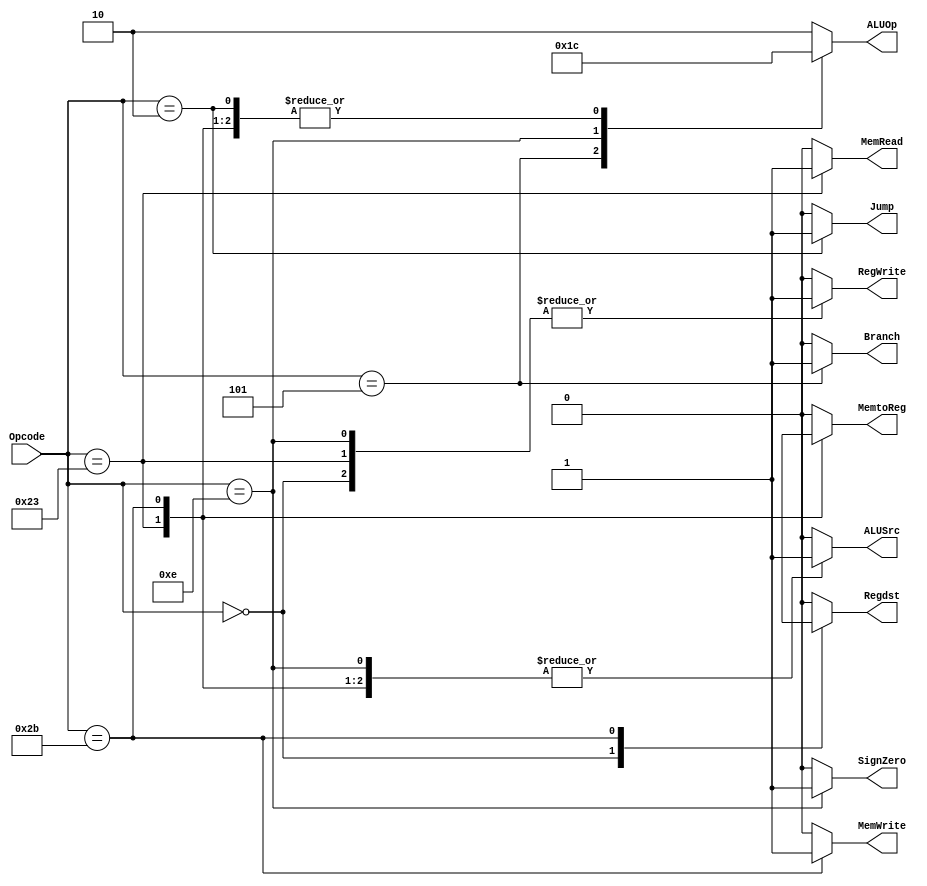
module ControlUnit(Regdst,Branch,Jump,MemRead,MemtoReg,ALUOp,MemWrite,ALUSrc,RegWrite,SignZero,Opcode);

output reg Regdst,ALUSrc,MemtoReg,RegWrite,MemRead,MemWrite,Branch,Jump,SignZero;
output reg [1:0] ALUOp;
input [5:0] Opcode;

always @(*)
begin
    case (Opcode)
    6'b000000:begin         //R-Type Instruction
    Regdst = 1'b1;
    ALUSrc = 1'b0;
    MemtoReg = 1'b0;
    RegWrite = 1'b1;
    MemRead = 1'b0;
    MemWrite = 1'b0;
    Branch = 1'b0;
    ALUOp = 2'b10;
    Jump = 1'b0;
    SignZero = 1'b0;
    end

    6'b100011:begin         //Load word
    Regdst = 1'b0;
    ALUSrc = 1'b1;
    MemtoReg = 1'b1;
    RegWrite = 1'b1;
    MemRead = 1'b1;
    MemWrite = 1'b0;
    Branch = 1'b0;
    ALUOp = 2'b00;
    Jump = 1'b0;
    SignZero = 1'b0;
    end

    6'b101011:begin         //Store word
    Regdst = 1'bx;
    ALUSrc = 1'b1;
    MemtoReg = 1'bx;
    RegWrite = 1'b0;
    MemRead = 1'b0;
    MemWrite = 1'b1;
    Branch = 1'b0;
    ALUOp = 2'b00;
    Jump = 1'b0;
    SignZero = 1'b0;
    end

    6'b000101:begin     //Branch not equal
    Regdst = 1'b0;
    ALUSrc = 1'b0;
    MemtoReg = 1'b0;
    RegWrite = 1'b0;
    MemRead = 1'b0;
    MemWrite = 1'b0;
    Branch = 1'b1;
    ALUOp = 2'b01;
    Jump = 1'b0;
    SignZero = 1'b0;
    end

    6'b001110:begin         //Xor immediate
    Regdst = 1'b0;
    ALUSrc = 1'b1;
    MemtoReg = 1'b0;
    RegWrite = 1'b1;
    MemRead = 1'b0;
    MemWrite = 1'b0;
    Branch = 1'b0;
    ALUOp = 2'b11;
    Jump = 1'b0;
    SignZero = 1'b1;
    end

    6'b000010 : begin // j - Jump
    Regdst = 1'b0;
    ALUSrc = 1'b0;
    MemtoReg= 1'b0;
    RegWrite= 1'b0;
    MemRead = 1'b0;
    MemWrite= 1'b0;
    Branch = 1'b0;
    ALUOp = 2'b00;
    Jump = 1'b1;
    SignZero= 1'b0;
    end

    default : begin 
    Regdst = 1'b0;
    ALUSrc = 1'b0;
    MemtoReg= 1'b0;
    RegWrite= 1'b0;
    MemRead = 1'b0;
    MemWrite= 1'b0;
    Branch = 1'b0;
    ALUOp = 2'b10;
    Jump = 1'b0;
    SignZero= 1'b0;
    end
    endcase
    end
endmodule

module ALUControlUnit(ALUOp,Function,ALUControlSignal);
output reg[1:0] ALUControlSignal;
input[1:0] ALUOp;
input[5:0] Function;
wire [7:0]ALUControlin;

assign ALUControlin = {ALUOp,Function};
always @(ALUControlin)
begin
    case(ALUControlin)
    8'b00XXXXXX: ALUControlSignal = 2'b00;
    8'b11XXXXXX : ALUControlSignal = 2'b01;
    8'b01XXXXXX : ALUControlSignal = 2'b10;
    8'b10100000 : ALUControlSignal = 2'b00;
    8'b10100010: ALUControlSignal = 2'b10;
    8'b10101010 : ALUControlSignal = 2'b00;
    default : ALUControlSignal = 2'b00;
    endcase
end
endmodule

module JumpControlUnit(ALUOp,Function,JumpControlSignal);
output reg[1:0] JumpControlSignal;
input[1:0] ALUOp;
input[5:0] Function;
wire [7:0]JumpControlin;

assign JumpControlin = {ALUOp,Function};
always @(JumpControlin)
begin
    if(JumpControlin == 8'b10001000)
        JumpControlSignal = 1'b0;
    else
        JumpControlSignal = 1'b0;
end
endmodule
    


/*
module test();
wire Regdst,ALUSrc,MemtoReg,RegWrite,MemRead,MemWrite,Branch,Jump,SignZero;
wire [1:0] ALUOp;
reg [5:0] Opcode;

ControlUnit uut(Regdst,Branch,Jump,MemRead,MemtoReg,ALUOp,MemWrite,ALUSrc,RegWrite,SignZero,Opcode);

initial begin
#10
Opcode = 6'b000000;
#40;
Opcode = 6'b000011;
#40;
end

endmodule
*/